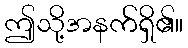
ဤသို့အနက်ရှိ၏။